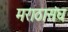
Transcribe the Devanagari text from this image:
मराठासंघ